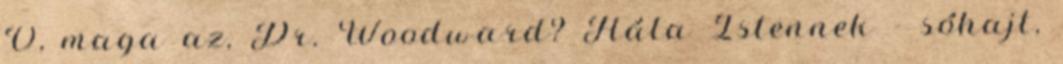
Ó, maga az, Dr. Woodward? Hála Istennek - sóhajt,